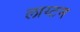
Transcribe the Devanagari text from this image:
लाय्टन